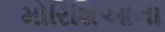
મોરિશિઆના